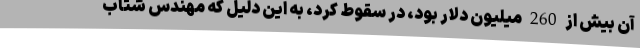
آن بیش از 260 میلیون دلار بود، در سقوط کرد، به این دلیل که مهندس شتاب